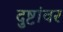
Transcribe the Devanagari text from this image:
दुष्टांवर